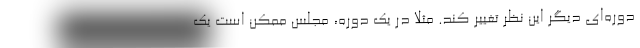
دوره‌ای دیگر این نظر تغییر کند. مثلا در یک دوره، مجلس ممکن است یک